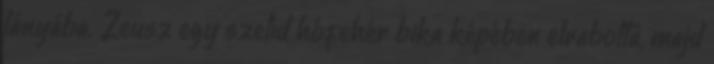
lányába. Zeusz egy szelíd hófehér bika képében elrabolta, majd